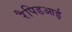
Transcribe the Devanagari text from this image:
रैपिडआई